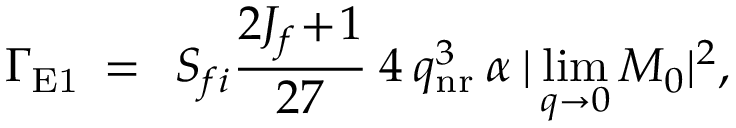
\Gamma _ { \mathrm { E 1 } } \: = \: \: { \cal S } _ { f i } \frac { 2 J _ { f } \! + \! 1 } { 2 7 } \: 4 \: q _ { \mathrm { n r } } ^ { 3 } \: \alpha \: | \operatorname * { l i m } _ { q \rightarrow 0 } { \cal M } _ { 0 } | ^ { 2 } ,